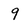
Character: 9